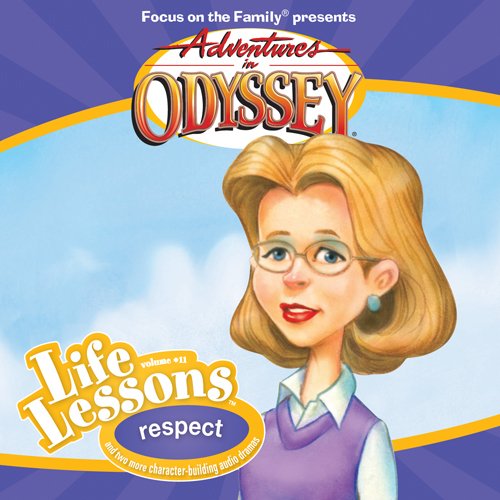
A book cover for Respect (Adventures in Odyssey Life Lessons); AIO Team; Humor & Entertainment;